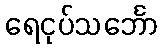
ရေငုပ်သင်္ဘော